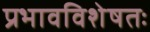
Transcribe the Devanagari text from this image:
प्रभावविशेषतः